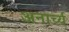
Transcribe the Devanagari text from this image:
अनार्च्य